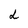
Character: L